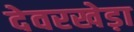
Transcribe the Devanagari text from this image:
देवरखेड़ा